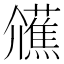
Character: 𭀐